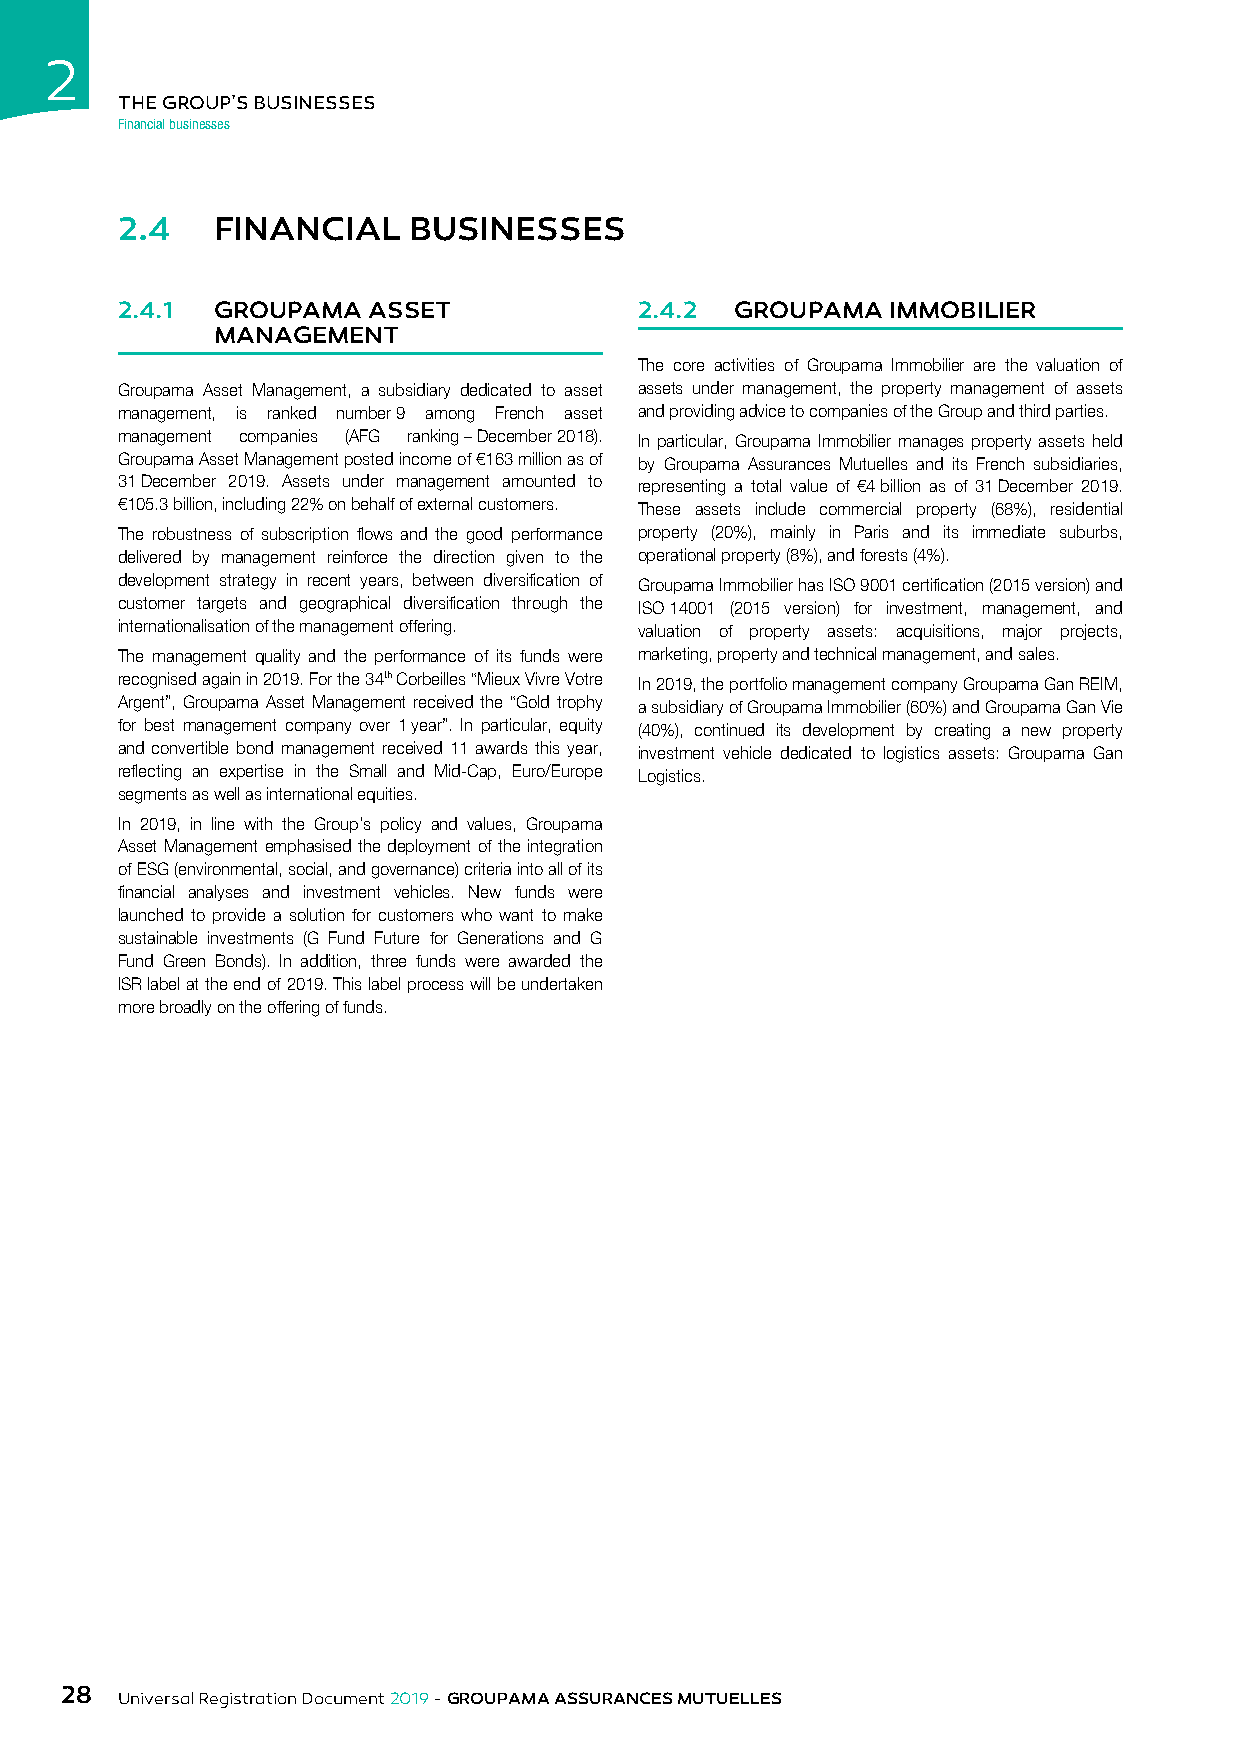
2
 THE GROUP’S BUSINESSES
 Financial businesses
 2.4   FINANCIAL    BUSINESSES
 2.4.1 GROUPAMA  ASSET             2.4.2  GROUPAMA  IMMOBILIER
 MANAGEMENT
 The core activities of Groupama Immobilier are the valuation of
 Groupama Asset Management, a subsidiary dedicated to asset assets under management, the property management of assets
 management, is ranked number 9 among French asset and providing advice to companies of the Group and third parties.
 management companies (AFG ranking – December 2018). In particular, Groupama Immobilier manages property assets held
 Groupama Asset Management posted income of €163 million as of by Groupama Assurances Mutuelles and its French subsidiaries,
 31 December 2019. Assets under management amounted to representing a total value of €4 billion as of 31 December 2019.
 €105.3 billion, including 22% on behalf of external customers. These assets include commercial property (68%), residential
 The robustness of subscription flows and the good performance property (20%), mainly in Paris and its immediate suburbs,
 delivered by management reinforce the direction given to the operational property (8%), and forests (4%).
 development strategy in recent years, between diversification of Groupama Immobilier has ISO 9001 certification (2015 version) and
 customer targets and geographical diversification through the ISO 14001 (2015 version) for investment, management, and
 internationalisation of the management offering. valuation of property assets: acquisitions, major projects,
 The management quality and the performance of its funds were marketing, property and technical management, and sales.
 recognised again in 2019. For the 34th Corbeilles “Mieux Vivre Votre In 2019, the portfolio management company Groupama Gan REIM,
 Argent”, Groupama Asset Management received the “Gold trophy a subsidiary of Groupama Immobilier (60%) and Groupama Gan Vie
 for best management company over 1 year”. In particular, equity (40%), continued its development by creating a new property
 and convertible bond management received 11 awards this year, investment vehicle dedicated to logistics assets: Groupama Gan
 reflecting an expertise in the Small and Mid-Cap, Euro/Europe Logistics.
 segments as well as international equities.
 In 2019, in line with the Group’s policy and values, Groupama
 Asset Management emphasised the deployment of the integration
 of ESG (environmental, social, and governance) criteria into all of its
 financial analyses and investment vehicles. New funds were
 launched to provide a solution for customers who want to make
 sustainable investments (G Fund Future for Generations and G
 Fund Green Bonds). In addition, three funds were awarded the
 ISR label at the end of 2019. This label process will be undertaken
 more broadly on the offering of funds.
 28
 Universal Registration Document 2019 - GROUPAMA ASSURANCES MUTUELLES